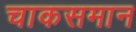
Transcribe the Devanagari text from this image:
चाकसमान